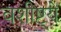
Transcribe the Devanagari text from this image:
वशीष्ट्ये